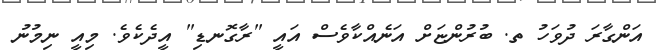
އަންގާރަ ދުވަހު ތ. ބުރުންޏަށް އަނެއްކާވެސް އައީ "ރާގޮނޑި" އީދެކެވެ. މިއީ ނިމުނު